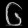
Digit: ၆